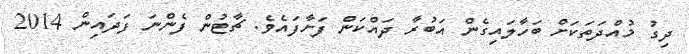
ދިގު މުއްދަތަކަށް ބަހާލައިގެން އަބުރާ ދައްކަން ފަށާފައެވެ. ޗާޓުން ފެންނަ ފަދައިން 2014